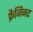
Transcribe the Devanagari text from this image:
फ्रैजिनट